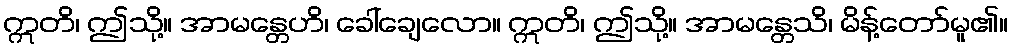
ဣတိ၊ ဤသို့။ အာမန္တေဟိ၊ ခေါ်ချေလော။ ဣတိ၊ ဤသို့။ အာမန္တေသိ၊ မိန့်တော်မူ၏။